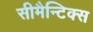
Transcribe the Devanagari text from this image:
सीमैन्टिक्स